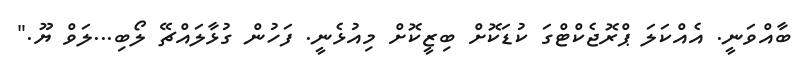
ބާއްވަނީ. އެއްކަލަ ޕްރޮޖެކްޓްގަ ކުޑަކޮށް ބިޒީކޮށް މިއުޅެނީ. ފަހުން ގުޅާލައްޗޭ ލޯބި...ލަވް ޔޫ."